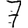
Digit: 7